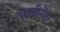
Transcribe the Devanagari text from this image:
छातीरोग